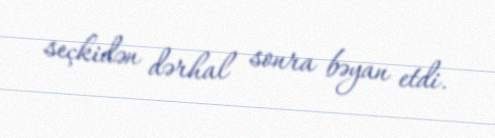
seçkidən dərhal sonra bəyan etdi.